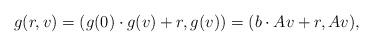
LaTeX: \begin{gather*}g(r, v) = (g(0)\cdot g(v) + r, g(v)) = (b\cdot Av + r,Av),\end{gather*}